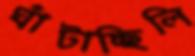
ঘাঁটাচ্ছিলি